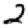
Digit: 2